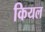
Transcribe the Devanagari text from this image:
कियल